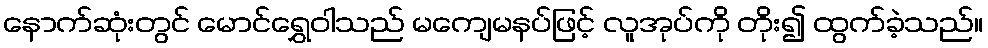
နောက်ဆုံးတွင် မောင်ရွှေဝါသည် မကျေမနပ်ဖြင့် လူအုပ်ကို တိုး၍ ထွက်ခဲ့သည်။